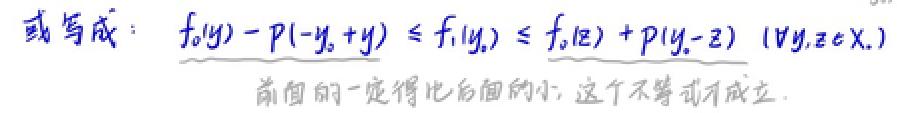
或写成：$f_0(y)-p(-y_0 + y)\leq f_0(y_0)\leq f_0(z)+p(y_0 - z)\ (\forall y,z\in X.)$
前面的一定得比后面的小，这个不等式才成立.